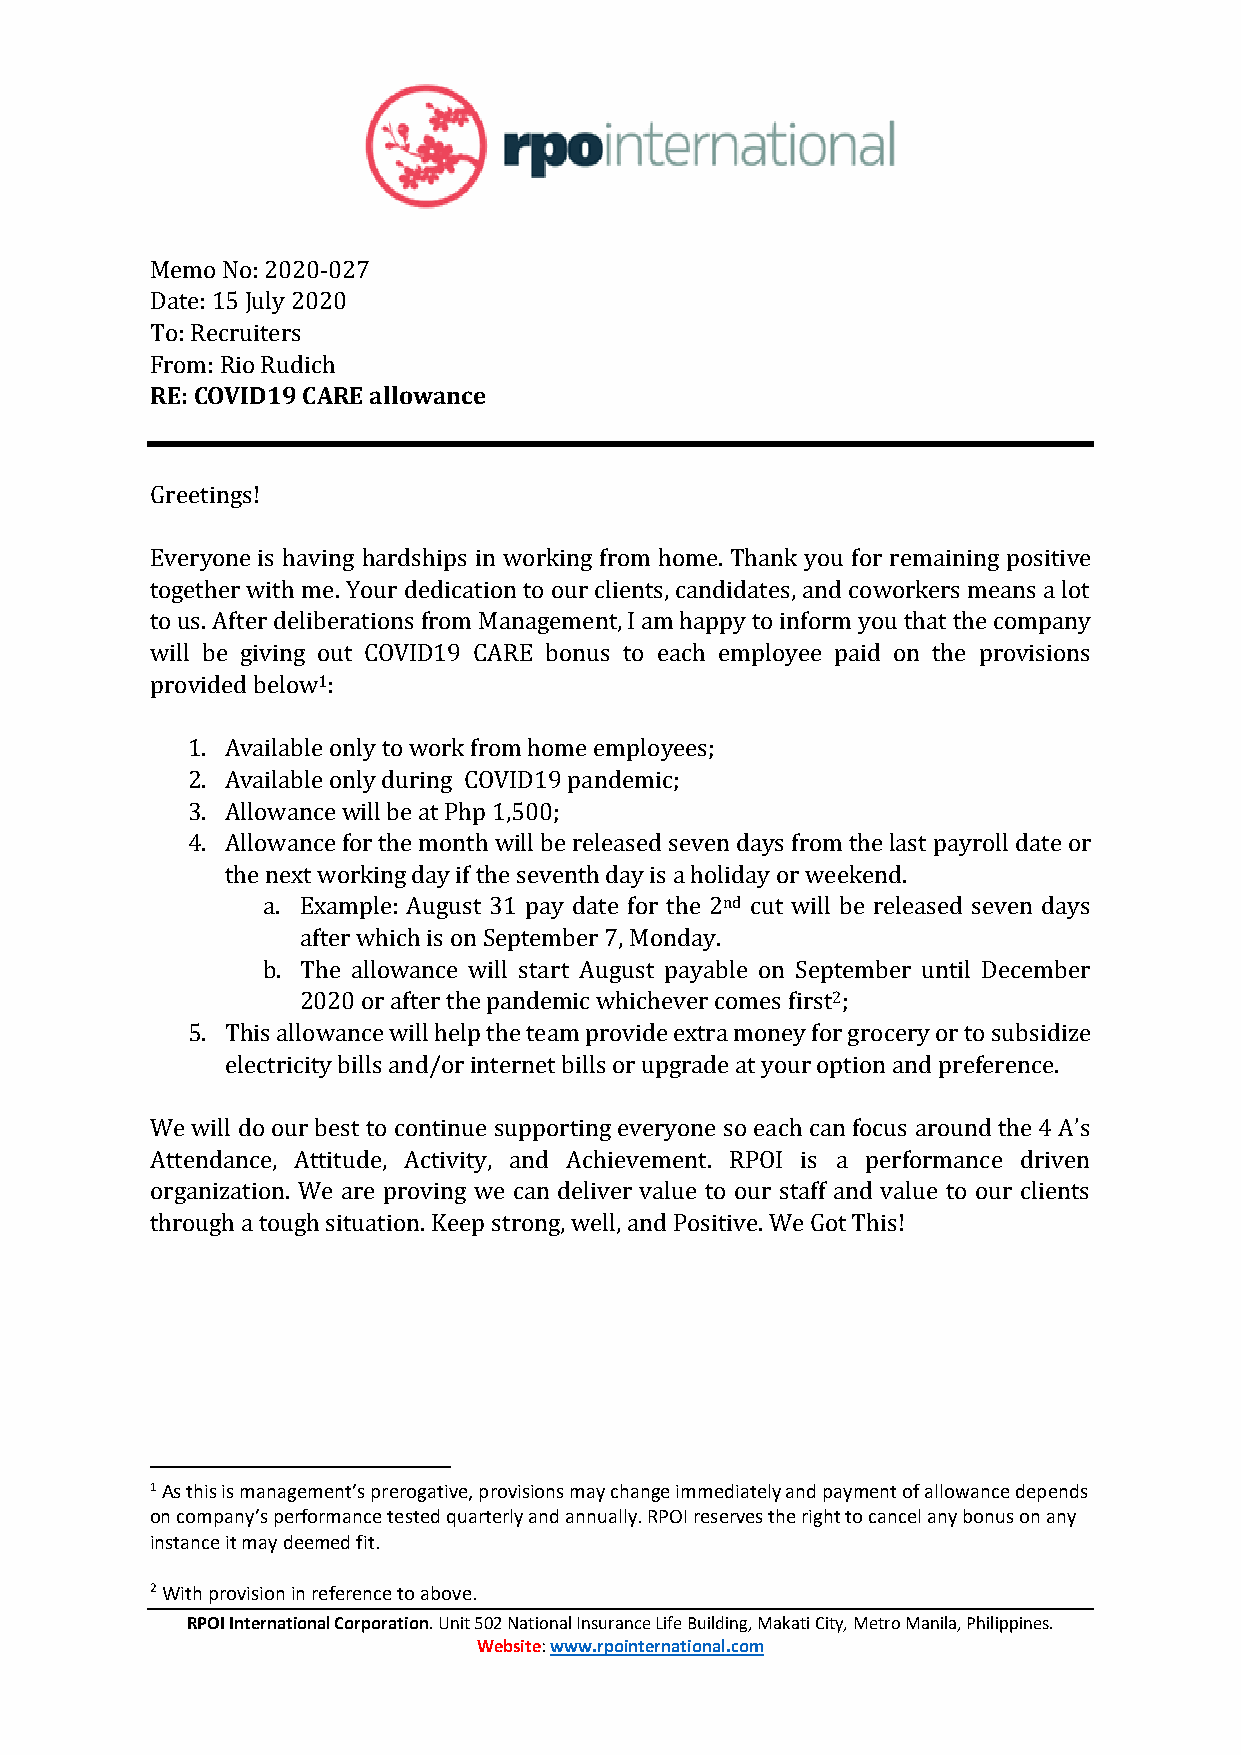
Memo No: 2020-027
 Date: 15 July 2020
 To: Recruiters
 From: Rio Rudich
 RE: COVID19 CARE allowance
 Greetings!
 Everyone is having hardships in working from home. Thank you for remaining positive
 together with me. Your dedication to our clients, candidates, and coworkers means a lot
 to us. After deliberations from Management, I am happy to inform you that the company
 will be giving out COVID19 CARE bonus to each employee paid on the provisions
 provided below1:
 1. Available only to work from home employees;
 2. Available only during COVID19 pandemic;
 3. Allowance will be at Php 1,500;
 4. Allowance for the month will be released seven days from the last payroll date or
 the next working day if the seventh day is a holiday or weekend.
 a. Example: August 31 pay date for the 2nd cut will be released seven days
 after which is on September 7, Monday.
 b. The allowance will start August payable on September until December
 2020 or after the pandemic whichever comes first2;
 5. This allowance will help the team provide extra money for grocery or to subsidize
 electricity bills and/or internet bills or upgrade at your option and preference.
 We will do our best to continue supporting everyone so each can focus around the 4 A’s
 Attendance, Attitude, Activity, and Achievement. RPOI is a performance driven
 organization. We are proving we can deliver value to our staff and value to our clients
 through a tough situation. Keep strong, well, and Positive. We Got This!
 1 As this is management’s prerogative, provisions may change immediately and payment of allowance depends
 on company’s performance tested quarterly and annually. RPOI reserves the right to cancel any bonus on any
 instance it may deemed fit.
 2 With provision in reference to above.
 RPOI International Corporation. Unit 502 National Insurance Life Building, Makati City, Metro Manila, Philippines.
 Website: www.rpointernational.com